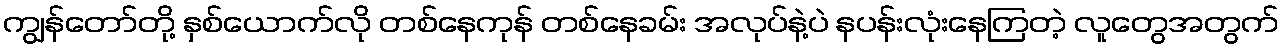
ကျွန်တော်တို့ နှစ်ယောက်လို တစ်နေကုန် တစ်နေခမ်း အလုပ်နဲ့ပဲ နပန်းလုံးနေကြတဲ့ လူတွေအတွက်